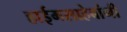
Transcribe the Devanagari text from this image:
हाईमसाहेबांनी